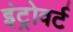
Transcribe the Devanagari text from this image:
इंट्रोवर्ट